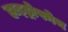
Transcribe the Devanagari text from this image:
हाइड्रोफोन